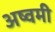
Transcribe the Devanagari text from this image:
अष्वमी